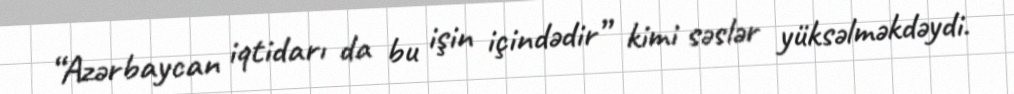
“Azərbaycan iqtidarı da bu işin içindədir” kimi səslər yüksəlməkdəydi.